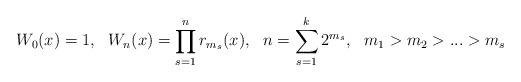
LaTeX: \begin{align*}W_0(x)=1,\ \ W_n(x)= \prod_{s=1}^n r_{m_s}(x),\ \ n= \sum_{s=1}^k2^{m_s},\ \ m_1>m_2>...>m_s\end{align*}